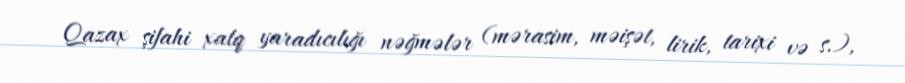
Qazax şifahi xalq yaradıcılığı nəğmələr (mərasim, məişət, lirik, tarixi və s.),